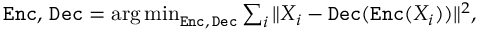
\begin{array} { r } { \mathtt { E n c } , \, \mathtt { D e c } = \operatorname * { a r g \, m i n } _ { \mathtt { E n c } , \, \mathtt { D e c } } \sum _ { i } \| X _ { i } - \mathtt { D e c } ( \mathtt { E n c } ( X _ { i } ) ) \| ^ { 2 } , } \end{array}